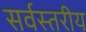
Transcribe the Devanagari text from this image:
सर्वस्तरीय